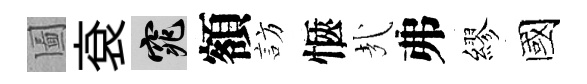
圗袞窕額訪愜㢤弗繆國